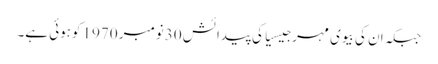
جبکہ ان کی بیوی مہر جیسیاکی پیدائش 30نومبر 1970 کوہوئی ہے۔